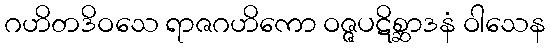
ဂဟိတဒိဝသေ ရာဇဂဟိကော ဝဇ္ဇပဋိစ္ဆာဒနံ ဝါသေန